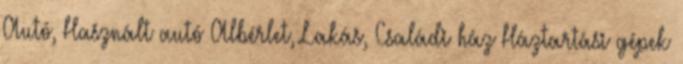
Autó, Használt autó Albérlet, Lakás, Családi ház Háztartási gépek